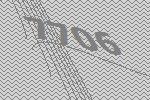
7706